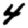
Digit: 4